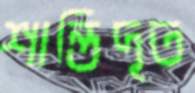
শান্তিদূত